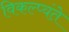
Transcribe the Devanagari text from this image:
विकल्प्यंते